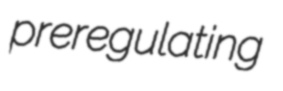
preregulating